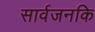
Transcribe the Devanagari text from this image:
सार्वजनकि